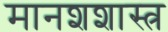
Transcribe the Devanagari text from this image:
मानशशास्त्र